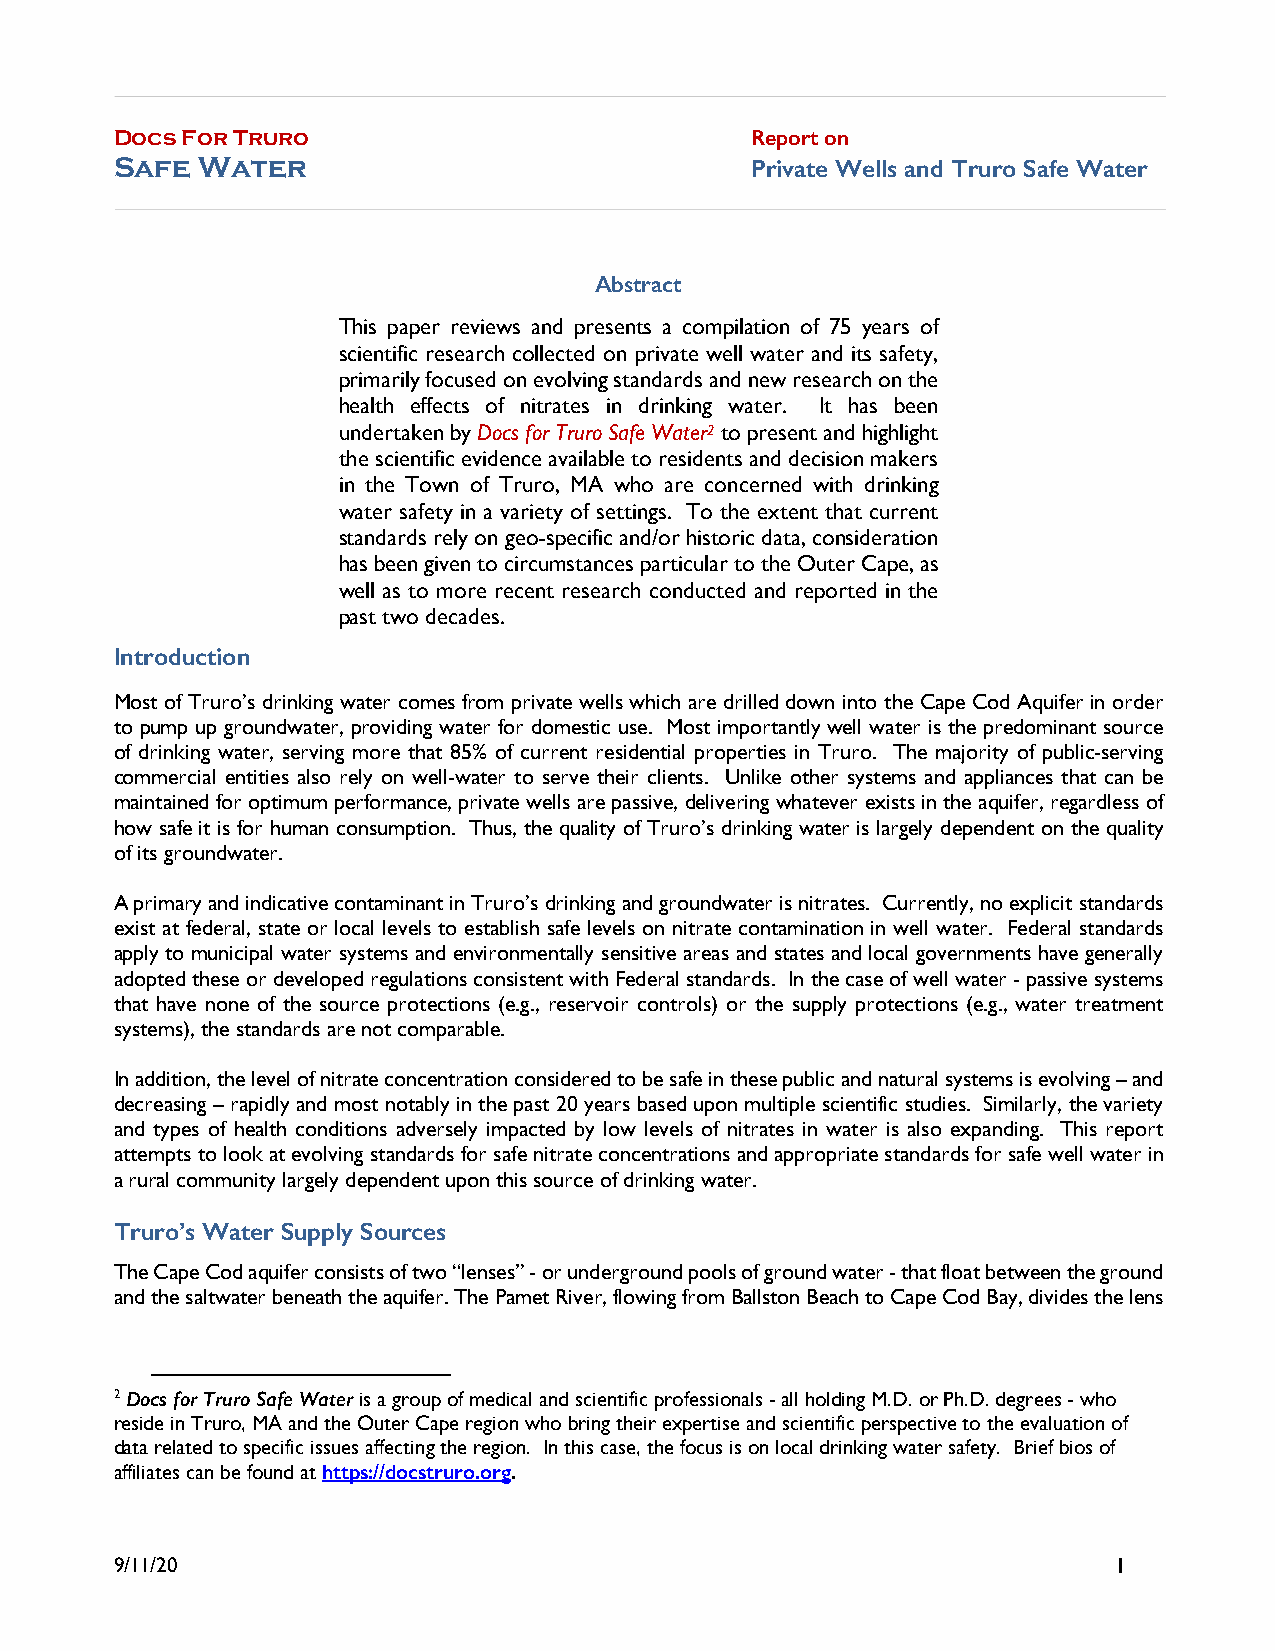
Docs For Truro                            Report on
 Safe Water                                Private Wells and Truro Safe Water
 Abstract
 This paper reviews and presents a compilation of 75 years of
 scientific research collected on private well water and its safety,
 primarily focused on evolving standards and new research on the
 health effects of nitrates in drinking water. It has been
 undertaken by Docs for Truro Safe Water2 to present and highlight
 the scientific evidence available to residents and decision makers
 in the Town of Truro, MA who are concerned with drinking
 water safety in a variety of settings. To the extent that current
 standards rely on geo-specific and/or historic data, consideration
 has been given to circumstances particular to the Outer Cape, as
 well as to more recent research conducted and reported in the
 past two decades.
 Introduction
 Most of Truro’s drinking water comes from private wells which are drilled down into the Cape Cod Aquifer in order
 to pump up groundwater, providing water for domestic use. Most importantly well water is the predominant source
 of drinking water, serving more that 85% of current residential properties in Truro. The majority of public-serving
 commercial entities also rely on well-water to serve their clients. Unlike other systems and appliances that can be
 maintained for optimum performance, private wells are passive, delivering whatever exists in the aquifer, regardless of
 how safe it is for human consumption. Thus, the quality of Truro’s drinking water is largely dependent on the quality
 of its groundwater.
 A primary and indicative contaminant in Truro’s drinking and groundwater is nitrates. Currently, no explicit standards
 exist at federal, state or local levels to establish safe levels on nitrate contamination in well water. Federal standards
 apply to municipal water systems and environmentally sensitive areas and states and local governments have generally
 adopted these or developed regulations consistent with Federal standards. In the case of well water - passive systems
 that have none of the source protections (e.g., reservoir controls) or the supply protections (e.g., water treatment
 systems), the standards are not comparable.
 In addition, the level of nitrate concentration considered to be safe in these public and natural systems is evolving – and
 decreasing – rapidly and most notably in the past 20 years based upon multiple scientific studies. Similarly, the variety
 and types of health conditions adversely impacted by low levels of nitrates in water is also expanding. This report
 attempts to look at evolving standards for safe nitrate concentrations and appropriate standards for safe well water in
 a rural community largely dependent upon this source of drinking water.
 Truro’s Water Supply Sources
 The Cape Cod aquifer consists of two “lenses” - or underground pools of ground water - that float between the ground
 and the saltwater beneath the aquifer. The Pamet River, flowing from Ballston Beach to Cape Cod Bay, divides the lens
 2 Docs for Truro Safe Water is a group of medical and scientific professionals - all holding M.D. or Ph.D. degrees - who
 reside in Truro, MA and the Outer Cape region who bring their expertise and scientific perspective to the evaluation of
 data related to specific issues affecting the region. In this case, the focus is on local drinking water safety. Brief bios of
 affiliates can be found at https://docstruro.org.
 9/11/20                                                           1